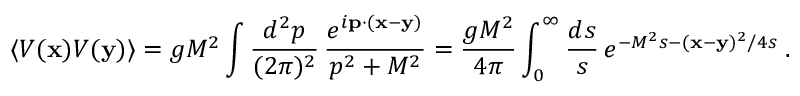
\langle V ( { \bf x } ) V ( { \bf y } ) \rangle = g M ^ { 2 } \int \frac { d ^ { 2 } p } { ( 2 \pi ) ^ { 2 } } \, \frac { e ^ { i { \bf p } \cdot ( { \bf x } - { \bf y } ) } } { p ^ { 2 } + M ^ { 2 } } = \frac { g M ^ { 2 } } { 4 \pi } \int _ { 0 } ^ { \infty } \frac { d s } { s } \, e ^ { - M ^ { 2 } s - ( { \bf x } - { \bf y } ) ^ { 2 } / 4 s } \; .